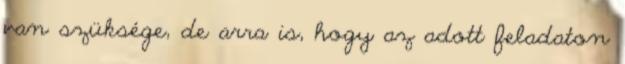
van szüksége, de arra is, hogy az adott feladaton